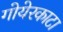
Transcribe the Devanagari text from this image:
गोयेरकाटा